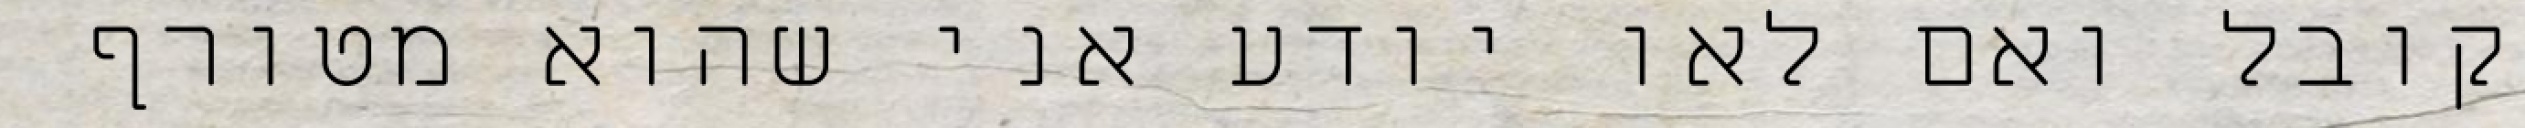
מקובל ואם לאו יודע אני שהוא מטורף